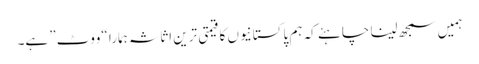
ہمیں سمجھ لینا چاہئے کہ ہم پاکستانیوں کا قیمتی ترین اثاثہ ہمارا “ووٹ” ہے۔